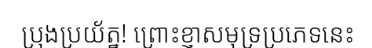
ប្រុងប្រយ័ត្ន! ព្រោះខ្ញាសមុទ្រប្រភេទនេះ